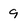
Character: 9